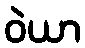
ဝဲယာ